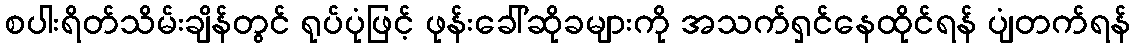
စပါးရိတ်သိမ်းချိန်တွင် ရုပ်ပုံဖြင့် ဖုန်းခေါ်ဆိုခများကို အသက်ရှင်နေထိုင်ရန် ပျံတက်ရန်